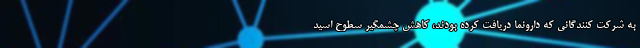
به شرکت کنندگانی که دارونما دریافت کرده بودند، کاهش چشمگیر سطوح اسید